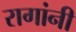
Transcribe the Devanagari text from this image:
रागांनी